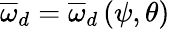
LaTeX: \overline{{\omega}}_{d}=\overline{{\omega}}_{d}\left(\psi,\theta\right)